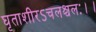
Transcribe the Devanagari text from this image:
घृताशीरऽचलश्चलः।।